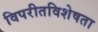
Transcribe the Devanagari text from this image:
विपरीतविशेषता